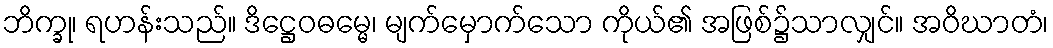
ဘိက္ခု၊ ရဟန်းသည်။ ဒိဋ္ဌေဝဓမ္မေ၊ မျက်မှောက်သော ကိုယ်၏ အဖြစ်၌သာလျှင်။ အဝိဃာတံ၊